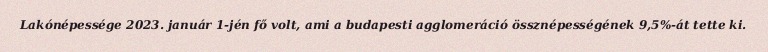
Lakónépessége 2023. január 1-jén fő volt, ami a budapesti agglomeráció össznépességének 9,5%-át tette ki.